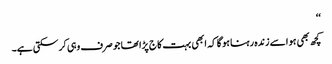
‘‘
کچھ بھی ہو اسے زندہ رہنا ہو گا کہ ابھی بہت کاج پڑا تھا جو صرف وہی کرسکتی ہے۔